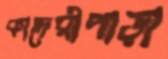
কাদেরীপাড়া